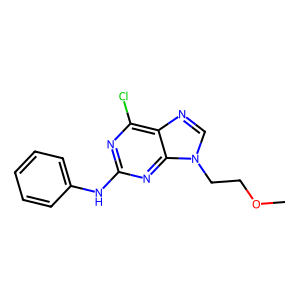
SMILES: COCCn1cnc2c(Cl)nc(Nc3ccccc3)nc21
Inhibits HIV replication: No